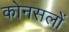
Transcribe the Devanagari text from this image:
कोनसलों